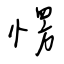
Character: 愣